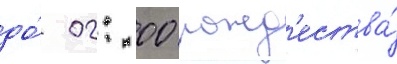
до́ 02: 00 рожд'ества́